Vaccination in the Punjab 1883-1896 - 1883-1896
Year: 1883
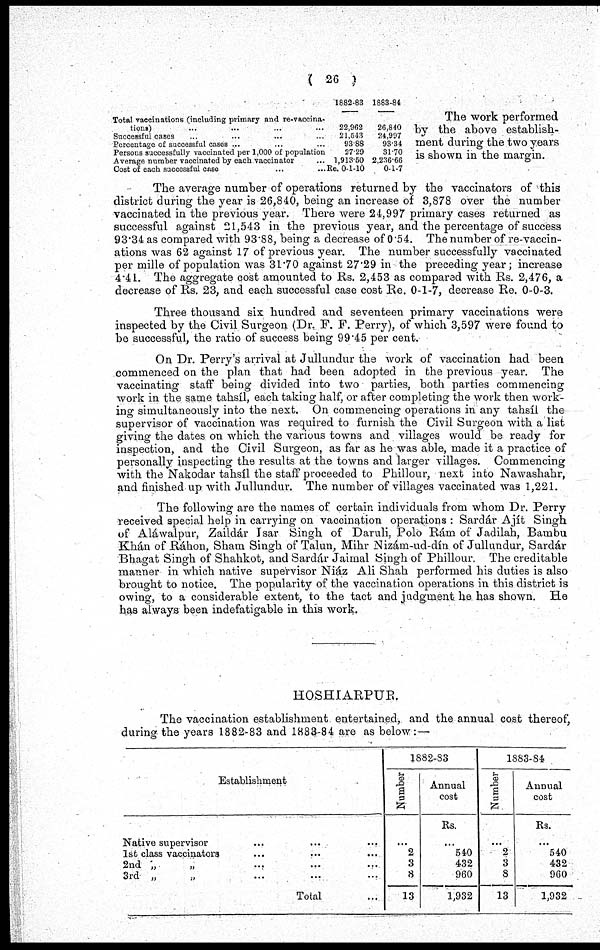
( 26 )
Total vaccinations (including primary and re-vaccina-
tions) ... ... ... ...
Successful cases ... ... ... ...
Percentage of successful cases ... ... ...
Persons successfully vaccinated per 1,000 of population
Average number vaccinated by each vaccinator ...
Cost of each successful case ... ...
1882-83
22,962
21,543
93.88
27.29
1,913.50
Re. 0-1-10
1883-84
26,840
24,997
93.34
31.70
2,236.66
0-1-7
The work performed
by the above establish-
ment during the two years
is shown in the margin.
The average number of operations returned by the vaccinators of this
district during the year is 26,840, being an increase of 3,878 over the number
vaccinated in the previous year. There were 24,997 primary cases returned as
successful against 21,543 in the previous year, and the percentage of success
93.34 as compared with 93.88, being a decrease of 0.54. The number of re-vaccin-
ations was 62 against 17 of previous year. The number successfully vaccinated
per mille of population was 31.70 against 27.29 in the preceding year; increase
4.41. The aggregate cost amounted to Rs. 2,453 as compared with Rs. 2,476, a
decrease of Rs. 23, and each successful case cost Re. 0-1-7, decrease Re. 0-0-3.
Three thousand six hundred and seventeen primary vaccinations were
inspected by the Civil Surgeon (Dr. F. F. Perry), of which 3,597 were found to
be successful, the ratio of success being 99.45 per cent.
On Dr. Perry's arrival at Jullundur the work of vaccination had been
commenced on the plan that had been adopted in the previous year. The
vaccinating staff being divided into two parties, both parties commencing
work in the same tahsíl, each taking half, or after completing the work then work-
ing simultaneously into the next. On commencing operations in any tahsíl the
supervisor of vaccination was required to furnish the Civil Surgeon with a list
giving the dates on which the various towns and villages would be ready for
inspection, and the Civil Surgeon, as far as he was able, made it a practice of
personally inspecting the results at the towns and larger villages. Commencing
with the Nakodar tahsíl the staff proceeded to Phillour, next into Nawashahr,
and finished up with Jullundur. The number of villages vaccinated was 1,221.
The following are the names of certain individuals from whom Dr. Perry
received special help in carrying on vaccination operations : Sardár Ajít Singh
of Aláwalpur, Zaildár Isar Singh of Daruli, Polo Rám of Jadilah, Bambu
Khán of Ráhon, Sham Singh of Talun, Mihr Nizám-ud-dín of Jullundur, Sardár
Bhagat Singh of Shahkot, and Sardár Jaimal Singh of Phillour. The creditable
manner in which native supervisor Niáz Ali Shah performed his duties is also
brought to notice. The popularity of the vaccination operations in this district is
owing, to a considerable extent, to the tact and judgment he has shown. He
has always been indefatigable in this work.
HOSHIARPUR.
The vaccination establishment entertained, and the annual cost thereof,
during the years 1882-83 and 1883-84 are as below:—
Establishment
Native supervisor ... ... ...
1st class vaccinators ... ... ...
2nd „ „ ... ... ...
3rd „
„ ... ... ...
Total ...
1882-83
Number
...
2
3
8
13
Annual
cost
Rs.
...
540
432
960
1,932
1883-84
Number
...
2
3
8
13
Annual
cost
Rs.
...
540
432
900
1,932